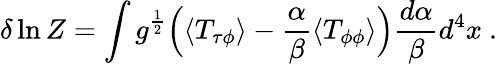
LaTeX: \delta\ln Z=\int g^{\frac{1}{2}}\Bigl(\langle T_{\tau\phi}\rangle-{\frac{\alpha}{\beta}}\langle T_{\phi\phi}\rangle\Bigr){\frac{d\alpha}{\beta}}d^{4}x\space.